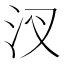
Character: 汊